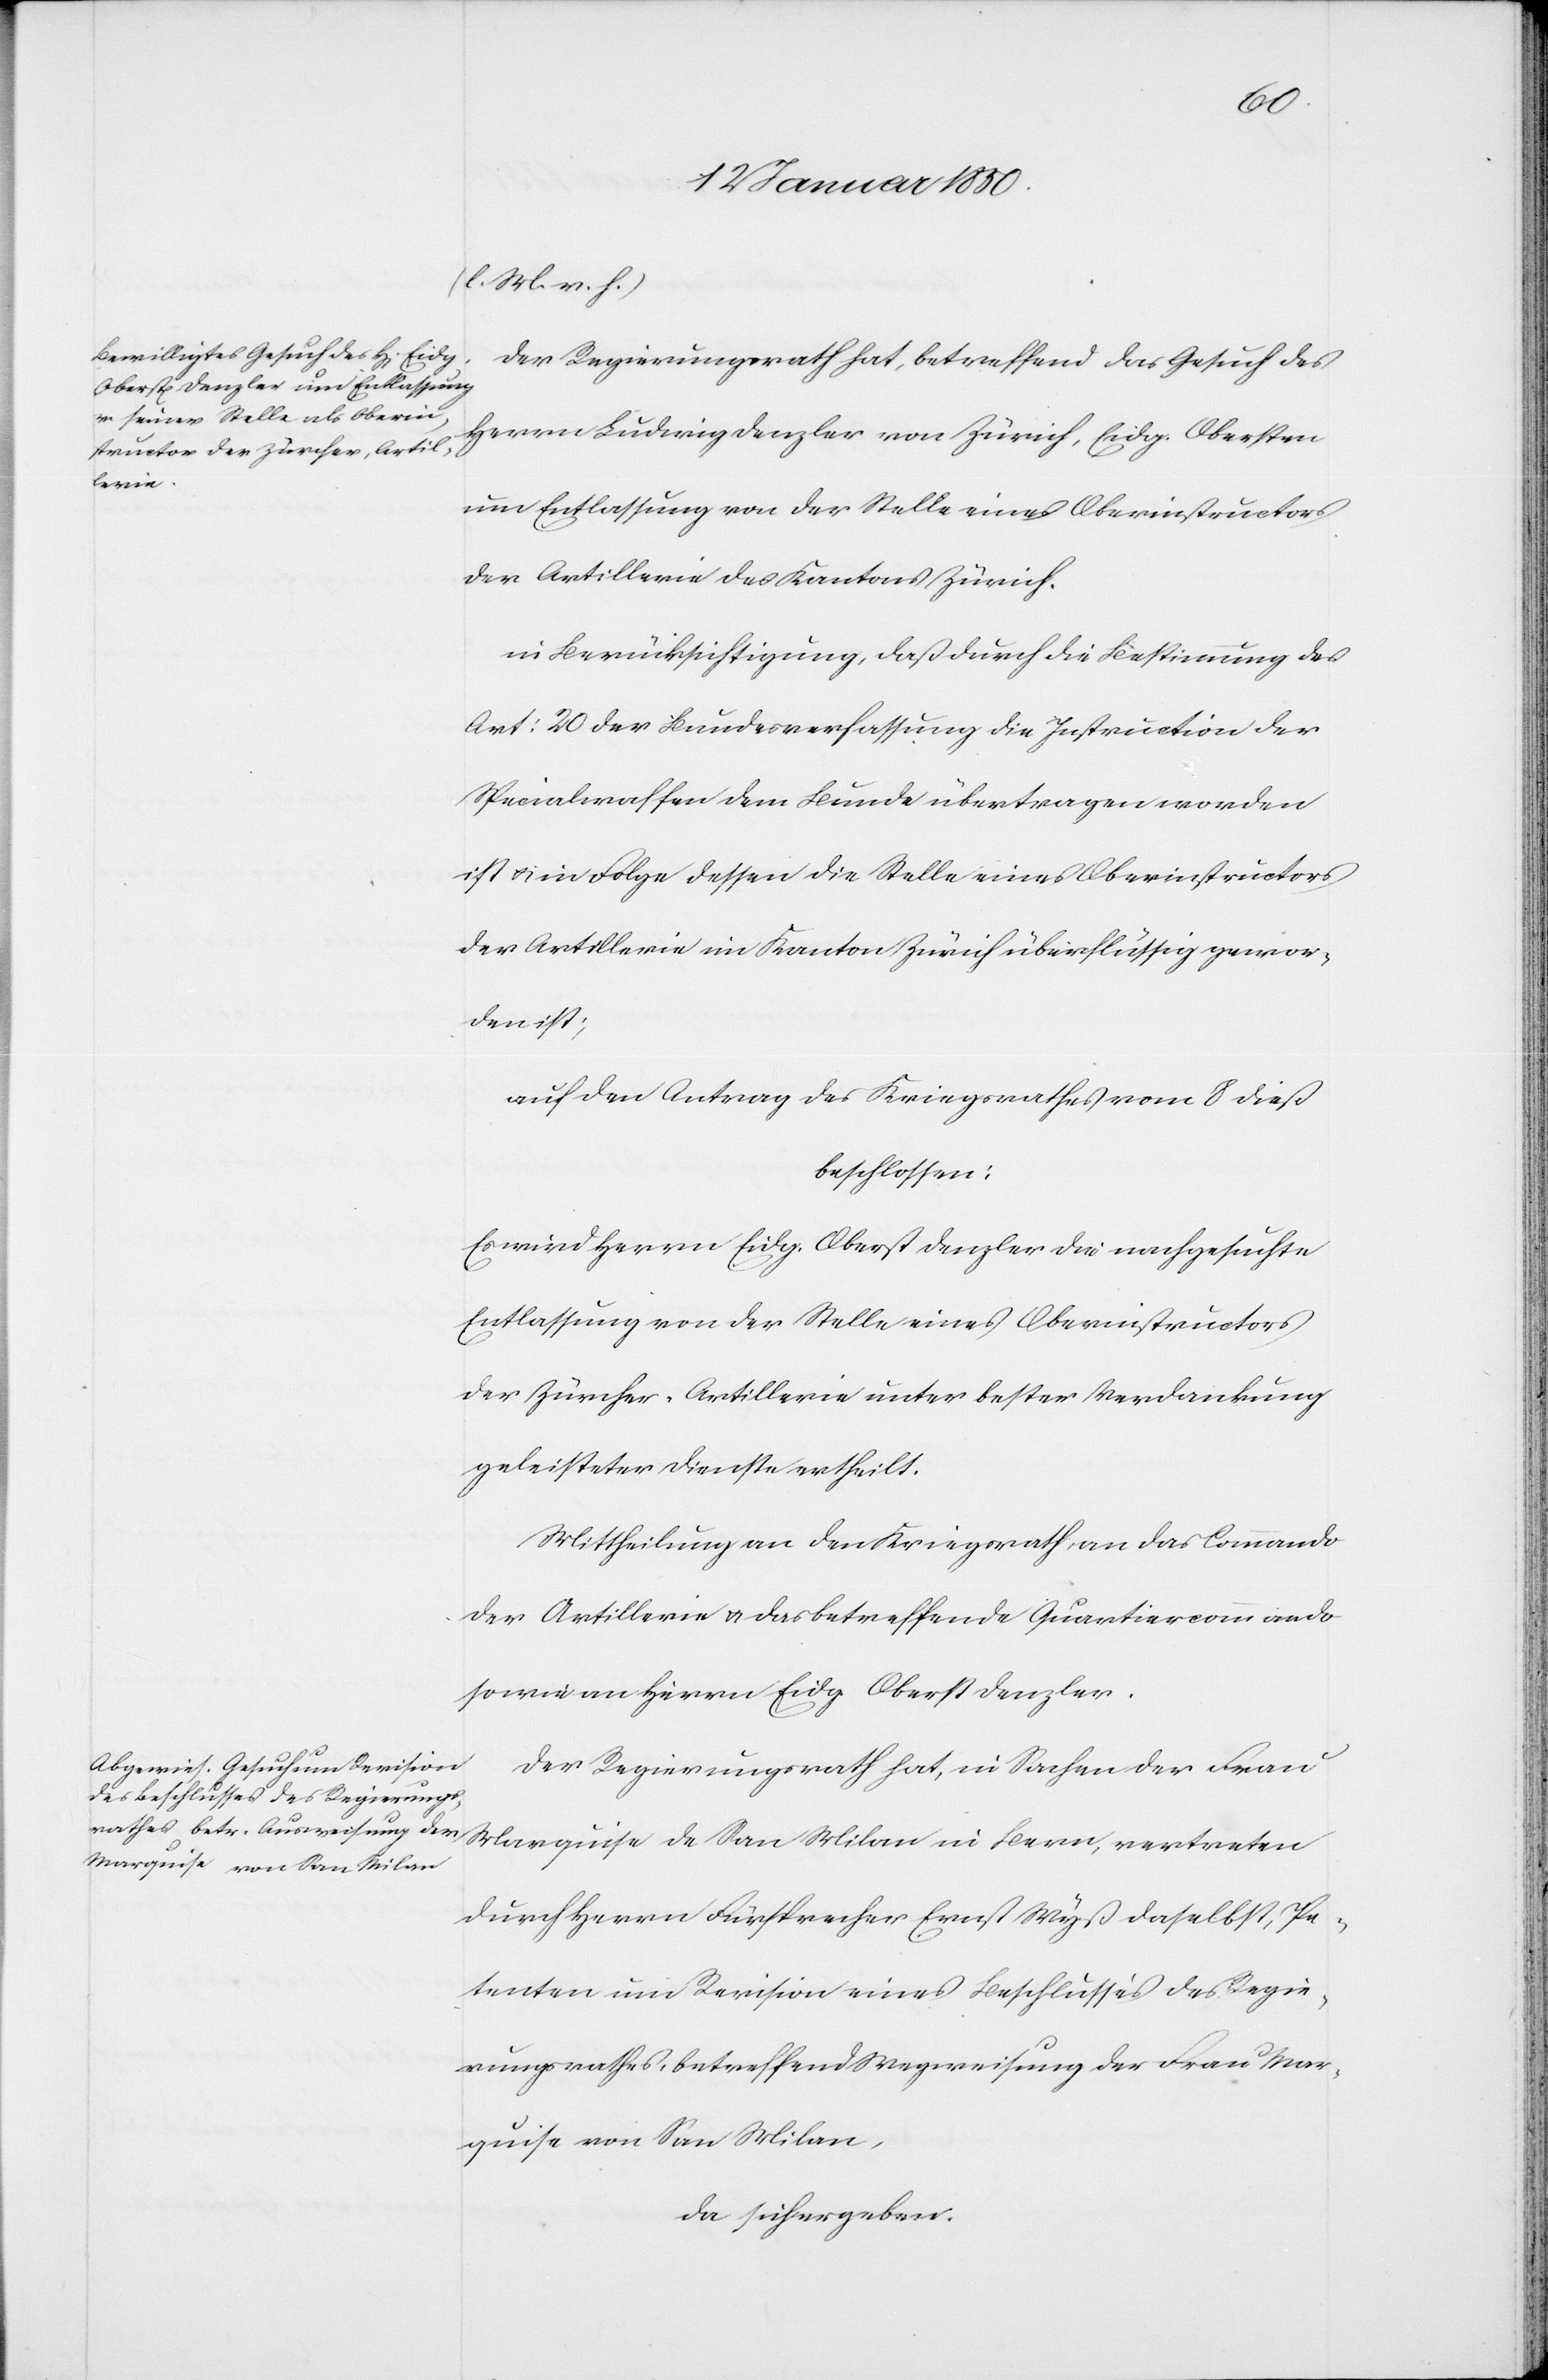
(l. M. v. h. T.)
Der Regierungsrath hat, betreffend das Gesuch des
Herrn Ludwig Denzler von Zürich, Eidg. Obersten
um Entlassung von der Stelle eines Oberinstructors
der Artillerie des Kantons Zürich.
in Berücksichtigung, daß durch die Bestimmung des
Art: 20 der Bundesverfassung die Instruction der
Specialwaffen dem Bunde übertragen worden
ist u. in Folge dessen die Stelle eines Oberinstructors
der Artillerie im Kanton Zürich überflüssig gewor¬
den ist;
auf den Antrag des Kriegsrathes vom 8 dieß
beschlossen:
Es wird Herrn Eidg. Oberst Denzler die nachgesuchte
Entlassung von der Stelle eines Oberinstructors
der Zürcher-Artillerie unter bester Verdankung
geleisteter Dienste ertheilt.
Mittheilung an den Kriegsrath, an das Commando
der Artillerie u. das betreffende Quartiercommando
sowie an Herrn Eidg. Oberst Denzler.
Der Regierungsrath hat, in Sachen der Frau
Marquise de San Milan in Bern, vertreten
durch Herrn Fürsprecher Ernst Wyß daselbst, Pe¬
tenten um Revision eines Beschlusses des Regie¬
rungsrathes, betreffend Wegweisung der Frau Mar¬
quise von San Milan,
da sich ergeben: